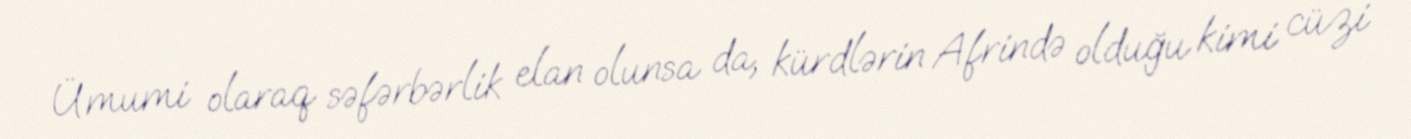
Ümumi olaraq səfərbərlik elan olunsa da, kürdlərin Afrində olduğu kimi cüzi